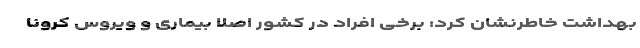
بهداشت خاطرنشان کرد: برخی افراد در کشور اصلا بیماری و ویروس کرونا